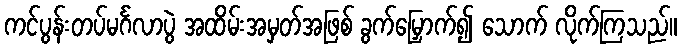
ကင်ပွန်းတပ်မင်္ဂလာပွဲ အထိမ်းအမှတ်အဖြစ် ခွက်မြှောက်၍ သောက် လိုက်ကြသည်။